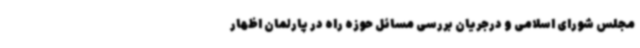
مجلس شورای اسلامی و درجریان بررسی مسائل حوزه راه در پارلمان اظهار